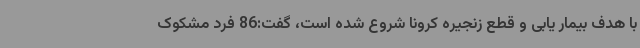
با هدف بیمار یابی و قطع زنجیره کرونا شروع شده است، گفت:86 فرد مشکوک